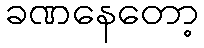
ခဏနေတော့